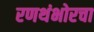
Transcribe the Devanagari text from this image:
रणथंभोरचा